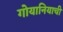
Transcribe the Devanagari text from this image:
गोयानियाची